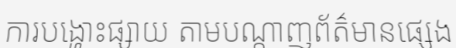
ការបង្ហោះផ្សាយ តាមបណ្តាញព័ត៌មានផ្សេង